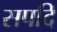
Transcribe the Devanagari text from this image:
सपदि